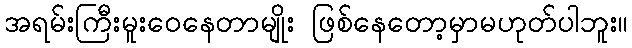
အရမ်းကြီးမူးဝေနေတာမျိုး ဖြစ်နေတော့မှာမဟုတ်ပါဘူး။